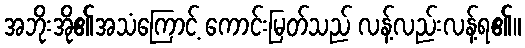
အဘိုးအို၏အသံကြောင့် ကောင်းမြတ်သည် လန့်လည်းလန့်ရ၏။